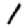
Digit: 1